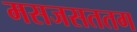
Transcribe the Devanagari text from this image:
मसजसततग